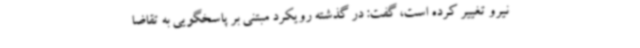
نیرو تغییر کرده است، گفت: در گذشته رویکرد مبتنی بر پاسخگویی به تقاضا